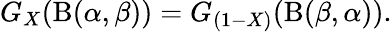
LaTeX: G_{X}(\mathrm{B}(\alpha,\beta))=G_{(1-X)}(\mathrm{B}(\beta,\alpha)).